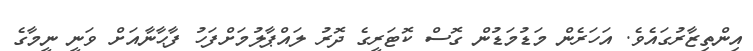
އިންތިޒާރުގައެވެ. އަހަރެން މަޑުމަޑުން ގޮސް ކޮޓަރީގެ ދޮރު ލައްޕާލުމަށްފަހު ފާޙާނާއަށް ވަނީ ނީމާގެ